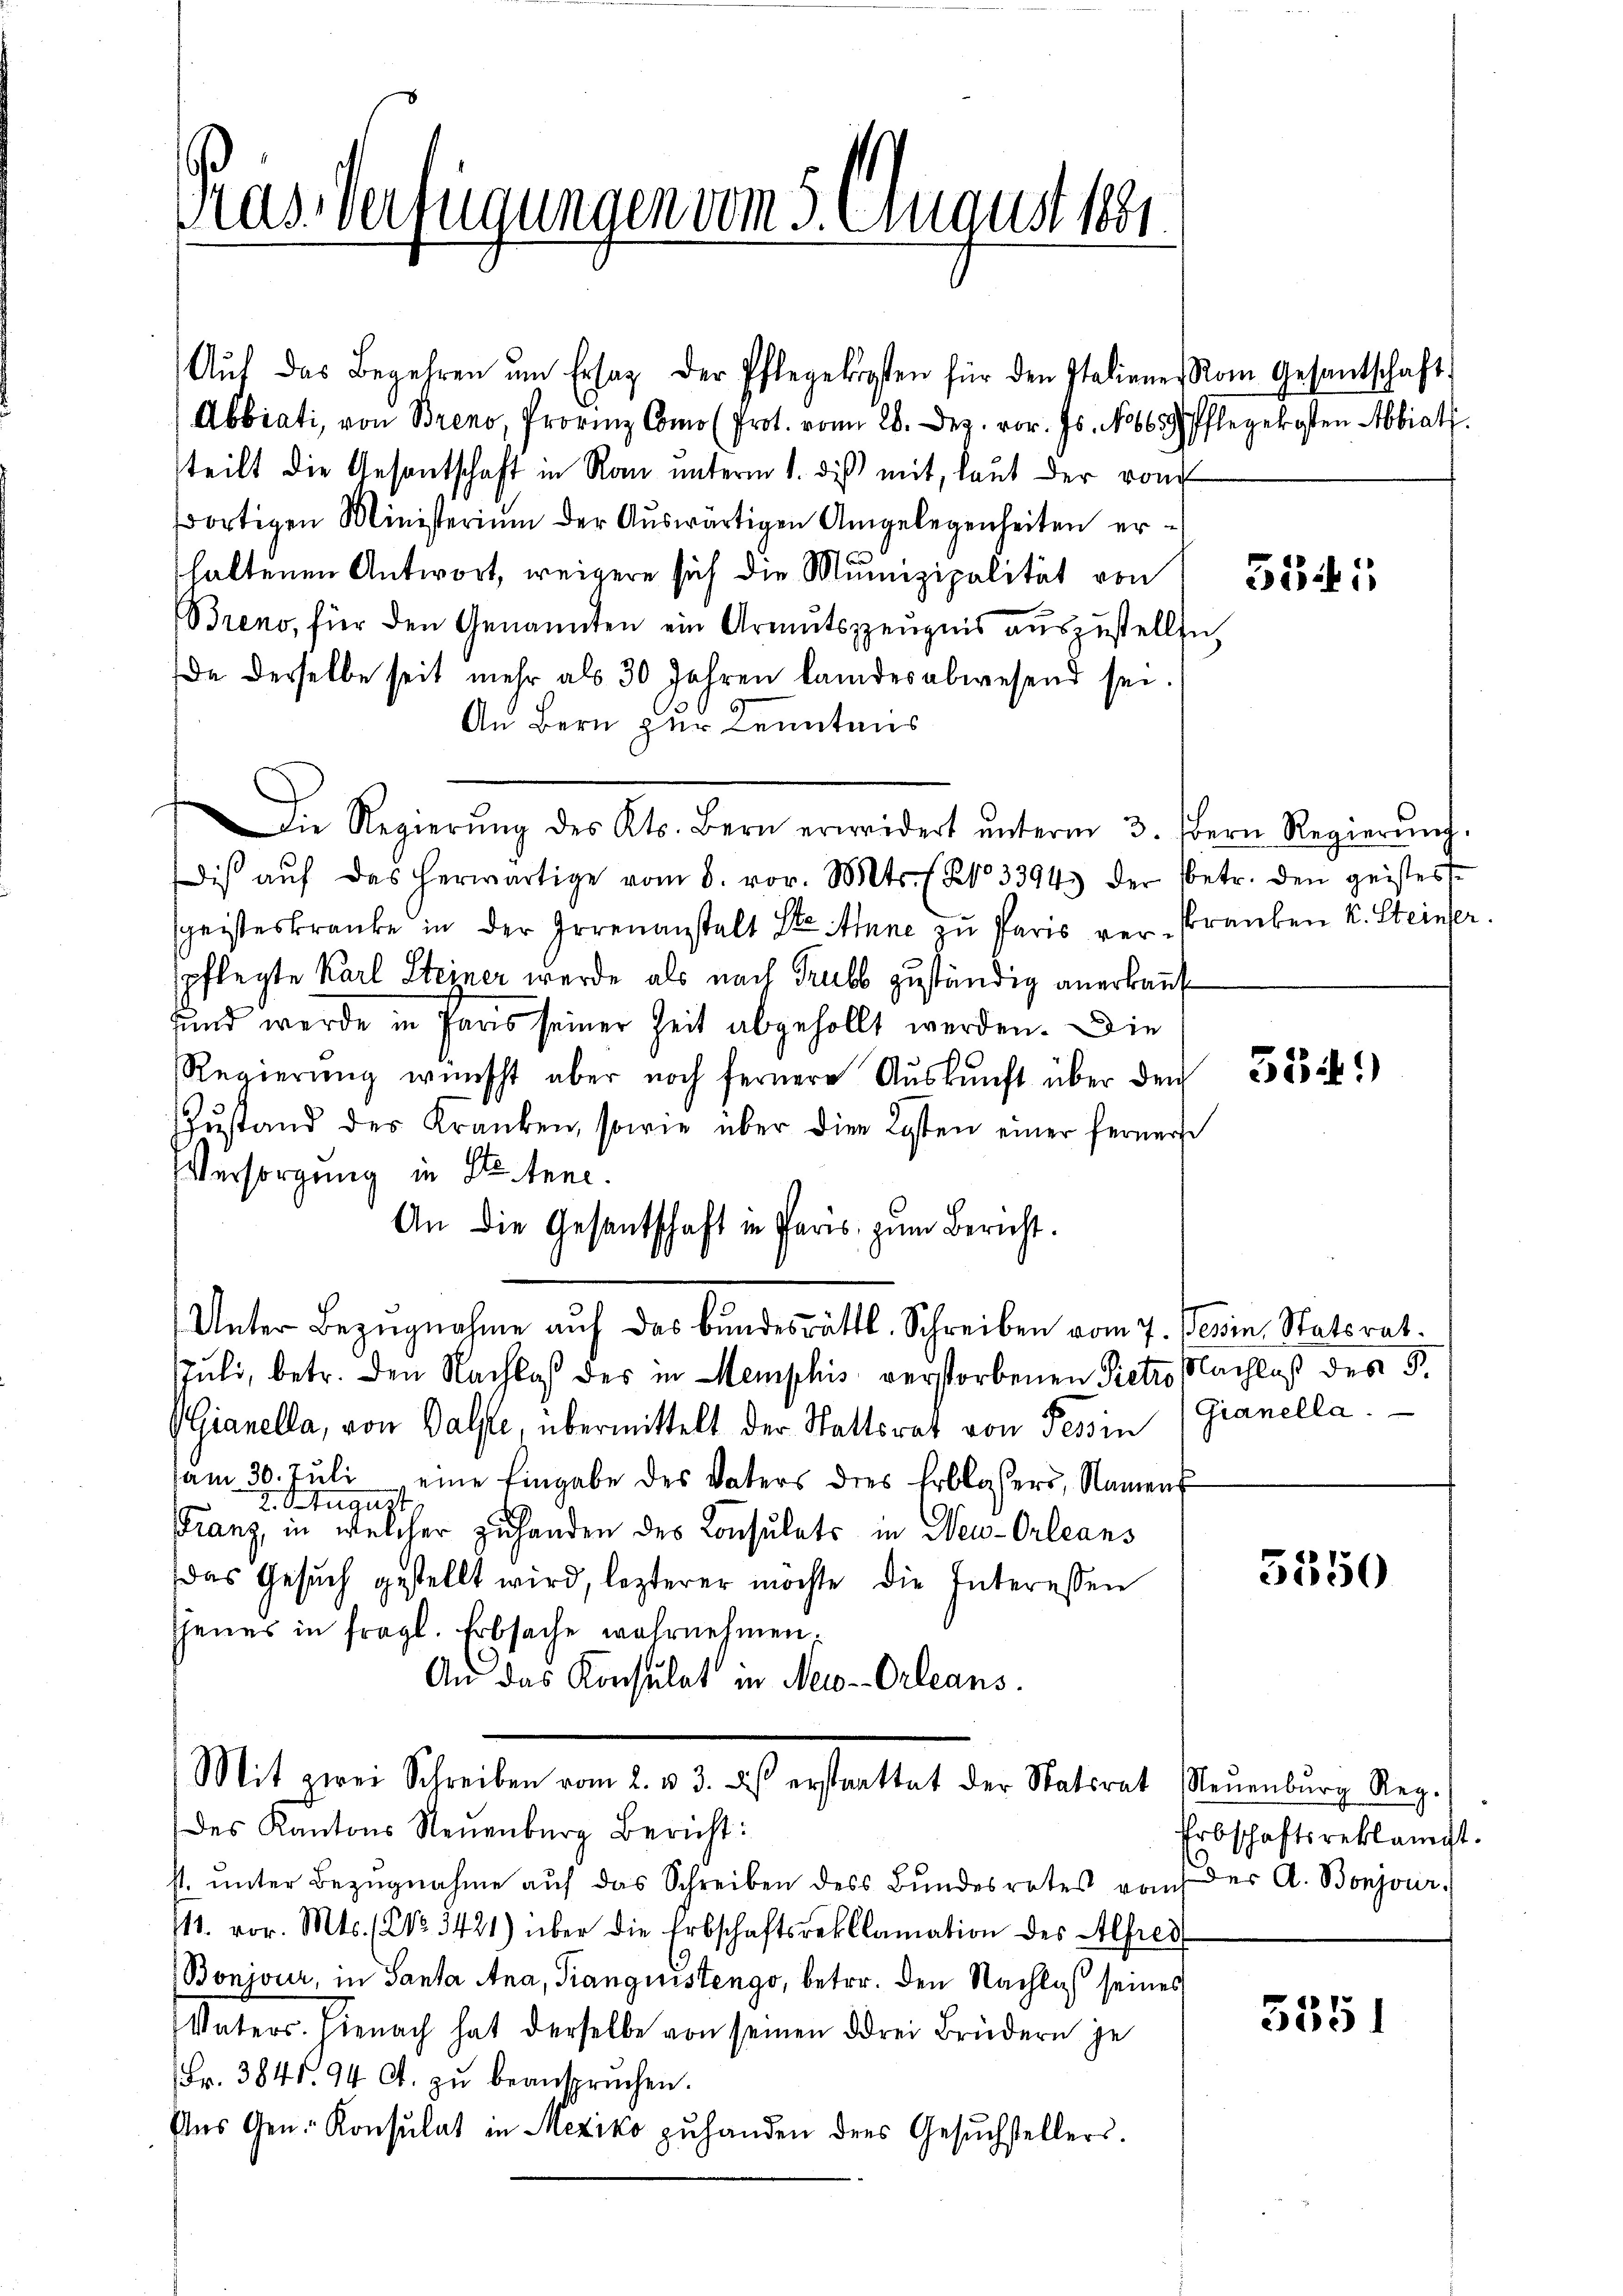
Pas-Verfügungen vom 5. August 1881.

Abbiati, von Breno, Provinz Como (Prot. vom 28. Dez. vor. Js. No 663 Pflegekosten Abbiat.
steilt die Gesantschaft in Rau unterm 1. dieß mit, laut der rom
dortigen Ministerium der Aŭswärtigen Angelegenheiten er-
haltenen Antwort, weigere sich die Munizipalität von
Breno, für den Genannten ein Armutszzeŭgnis aŭszŭstellen,
da derselbe seit mehr als 30 Jahren landesabwesend sei.
An Bern zur Kenntnis
dis aŭf das herwärtige vom 8. vor. Mts. No 3394) der betr. den geistes
geisteskranke in der Irrenanstalt Ste Anne zu Paris ver-Kranken k. Steinser
spflegte Karl Steiner werde als nach Trubs zuständig anerkannt
sund werde in Paris seiner Zeit abgehollt werden. Die
Regierŭng wünscht aber noch fernere Aŭskŭnft über den
ZZustand des Kranken, sowie über die Kosten einer fernere
Versorgung in Stetene
An die Gesantschaft in Paris zum Bericht.
Unter Bezugnahme auf das bundesräthl. Schreiben vom 7. Jenin Naterat.
Juli, betr. den Nachlaß des in Hemphis verstorbenen Pietes Nachlaß des §.
Gianella, von Balste, übermittelt der Stattsrat von Tessin (Granella
am 30. Jŭli eine Eingabe des Vaters dies Erblasers, Nament
I. August
Franz, in welcher Zuhanden des Consulats in New-Orleans
das Gesŭch gestellt wird, lezterer möchte die Interessen
shener in fragl. Erbsache wahrnehmen,
An das Konsulat in Neu-Orleans
Mit zwei Schreiben vom 2. u. 3. ds erstrattet der Statsrat Neŭenbŭrg Reg.
des Kantons Neuenburg Bericht:
st ŭnter Bezŭgnahme aŭf das Schreiben des Bŭndesrates von der A. Bonjour
111. vor. Mts. (NNo. 3421) über die Erbschaftsreklamation des Alfred
Bonjour, in Santa Ana, Trangnistengo, betr. den Nachlaß seines
Vaters. Hienach hat derselbe von seinen drei Brüdern je
Fr. 3841. 94 Ct. zŭ beansprüchen.
Ens Gen. Konsulat in Mexiko zŭhanden des Gesŭchstellers.

Aŭf das Begehren ŭm Erstag der Pflegekosten für den Italiene Rom Gesantschaft

Die Regierŭng des Kts. Bern erwidert ŭnterm 3. fern Regierŭng.

5341

3349)

5350

Erbschaftsreklangt.

3351